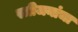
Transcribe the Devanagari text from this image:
स्त्रीजनांचा